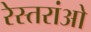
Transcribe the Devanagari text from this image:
रेस्तरांओ